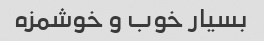
بسیار خوب و خوشمزه